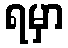
ရမှာ